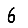
Digit: 6